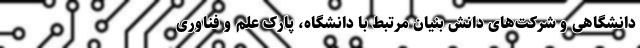
دانشگاهی و شرکت‌های دانش بنیان مرتبط با دانشگاه، پارک علم و فناوری